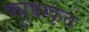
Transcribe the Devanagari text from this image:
क्यच्वाकृत